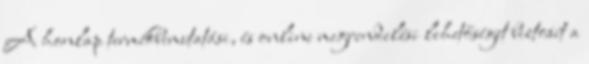
A honlap termékbemutatási, és online megrendelési lehetőséget biztosít a